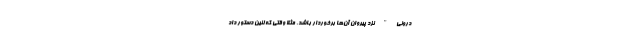
درونی" نزد پیروان آن‌ها برخوردار باشد. مثلا وقتی که لنین دستور داد